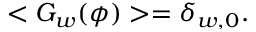
< G _ { w } ( \phi ) > = \delta _ { w , 0 } .